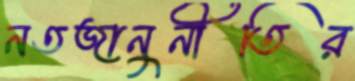
নতজানুনীতির